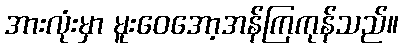
အားလုံးမှာ မူးဝေအော့အန်ကြကုန်သည်။